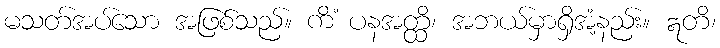
မသတ်အပ်သော အဖြစ်သည်။ ကိံ ပနအတ္ထိ၊ အဘယ်မှာရှိအံ့နည်း။ ဣတိ၊